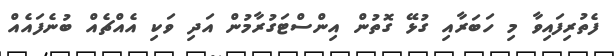
ފެތުރިފައިވާ މި ހަބަރާއި ގުޅޭ ގޮތުން އިންސްޓަގުރާމުން އަދި ވަކި އެއްޗެއް ބުނެފައެއް